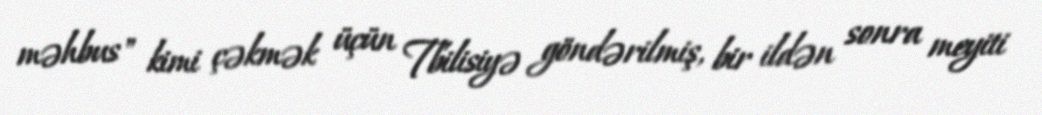
məhbus" kimi çəkmək üçün Tbilisiyə göndərilmiş, bir ildən sonra meyiti